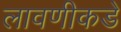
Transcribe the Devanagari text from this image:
लावणीकडे